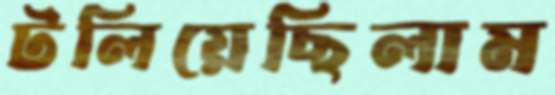
টলিয়েছিলাম